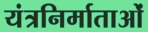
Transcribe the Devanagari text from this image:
यंत्रनिर्माताओं